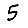
Digit: 5